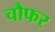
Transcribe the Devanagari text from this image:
चौफर